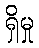
ရှိမှု